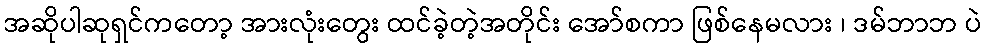
အဆိုပါဆုရှင်ကတော့ အားလုံးတွေး ထင်ခဲ့တဲ့အတိုင်း အော်စကာ ဖြစ်နေမလား ၊ ဒမ်ဘာဘ ပဲ